Civil Veterinary Department Bengal reports 1923-33 - 1923-1933
Year: 1923
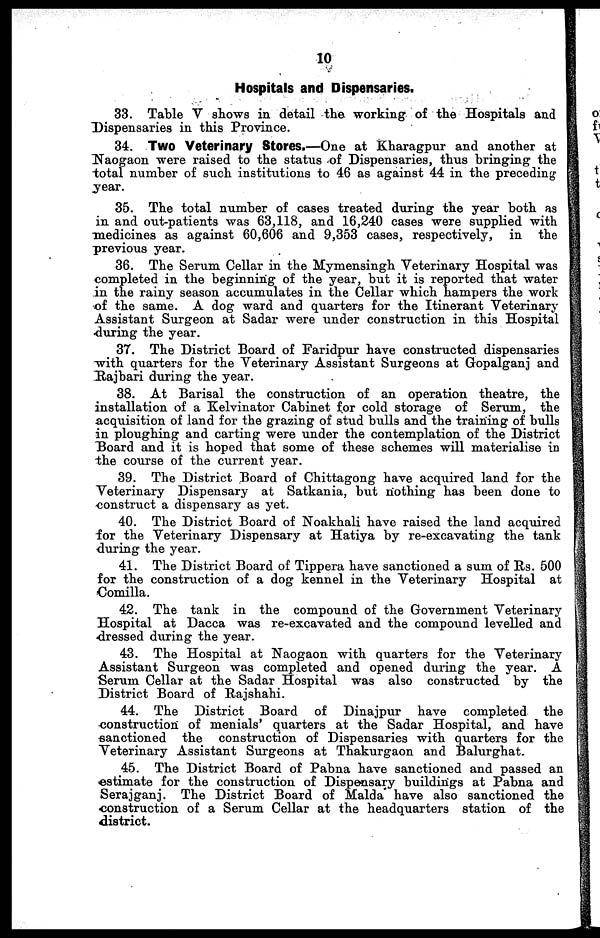
10
Hospitals and Dispensaries.
33. Table V shows in detail the working of the Hospitals and
Dispensaries in this Province.
34. Two Veterinary Stores.—One at Kharagpur and another at
Naogaon were raised to the status of Dispensaries, thus bringing the
total number of such institutions to 46 as against 44 in the preceding
year.
35. The total number of cases treated during the year both as
in and out-patients was 63,118, and 16,240 cases were supplied with
medicines as against 60,606 and 9,353 cases, respectively, in the
previous year.
36. The Serum Cellar in the Mymensingh Veterinary Hospital was
completed in the beginning of the year, but it is reported that water
in the rainy season accumulates in the Cellar which hampers the work
of the same. A dog ward and quarters for the Itinerant Veterinary
Assistant Surgeon at Sadar were under construction in this Hospital
during the year.
37. The District Board of Faridpur have constructed dispensaries
with quarters for the Veterinary Assistant Surgeons at Gopalganj and
Rajbari during the year.
38. At Barisal the construction of an operation theatre, the
installation of a Kelvinator Cabinet for cold storage of Serum, the
acquisition of land for the grazing of stud bulls and the training of bulls
in ploughing and carting were under the contemplation of the District
Board and it is hoped that some of these schemes will materialise in
the course of the current year.
39. The District Board of Chittagong have acquired land for the
Veterinary Dispensary at Satkania, but nothing has been done to
construct a dispensary as yet.
40. The District Board of Noakhali have raised the land acquired
for the Veterinary Dispensary at Hatiya by re-excavating the tank
during the year.
41. The District Board of Tippera have sanctioned a sum of Its. 500
for the construction of a dog kennel in the Veterinary Hospital at
Comilla.
42. The tank in the compound of the Government Veterinary
Hospital at Dacca was re-excavated and the compound levelled and
dressed during the year.
43. The Hospital at Naogaon with quarters for the Veterinary
Assistant Surgeon was completed and opened during the year. A
Serum Cellar at the Sadar Hospital was also constructed by the
District Board of Rajshahi.
44. The District Board of Dinajpur have completed the
construction of menials' quarters at the Sadar Hospital, and have
sanctioned the construction of Dispensaries with quarters for the
Veterinary Assistant Surgeons at Thakurgaon and Balurghat.
45. The District Board of Pabna have sanctioned and passed an
estimate for the construction of Dispensary buildings at Pabna and
Serajganj. The District Board of Malda have also sanctioned the
construction of a Serum Cellar at the headquarters station of the
district.